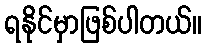
ရနိုင်မှာဖြစ်ပါတယ်။